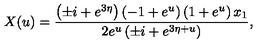
X ( u ) = { \frac { \left( \pm i + e ^ { 3 \eta } \right) \left( - 1 + { e ^ { u } } \right) \left( 1 + { e ^ { u } } \right) x _ { 1 } } { 2 { e ^ { u } } \left( \pm i + { e ^ { 3 \eta + u } } \right) } } ,